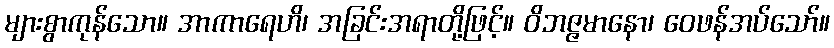
များစွာကုန်သော။ အာကာရေဟိ၊ အခြင်းအရာတို့ဖြင့်။ ဝိဘဇ္ဇမာနော၊ ဝေဖန်အပ်သော်။